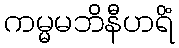
ကမ္မမဘိနီဟရိံ